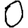
Digit: 0